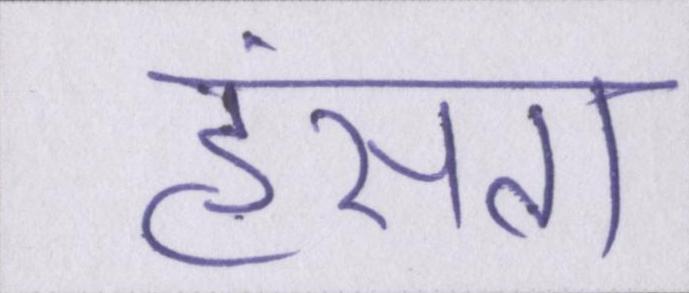
हंसता